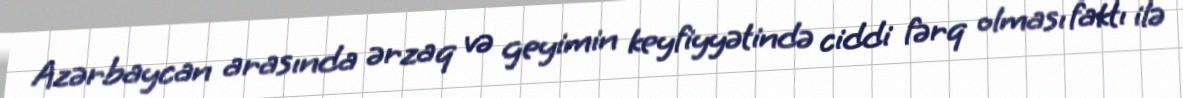
Azərbaycan arasında ərzaq və geyimin keyfiyyətində ciddi fərq olması faktı ilə